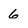
Character: 6